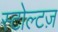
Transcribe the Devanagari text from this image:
स्टोल्टज़